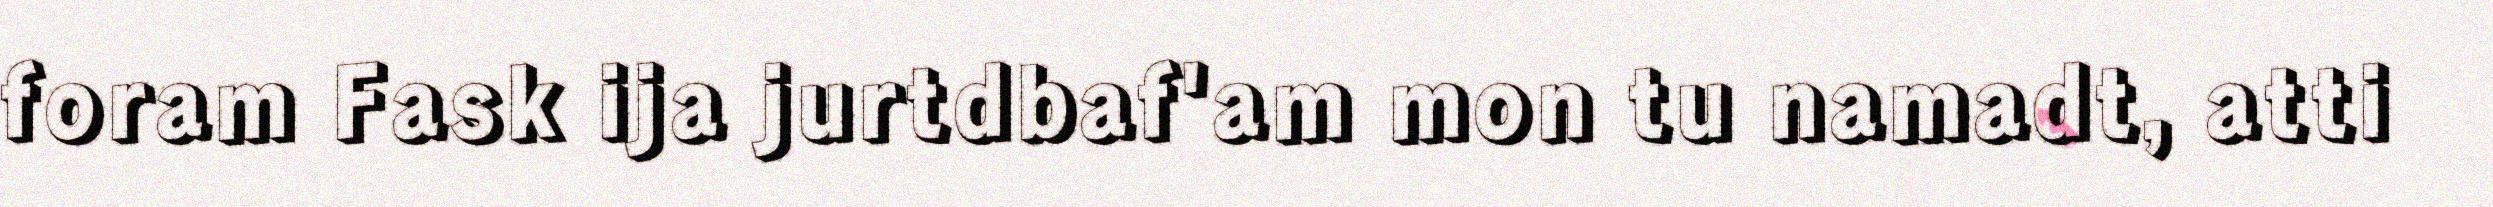
foram Fask ija jurtdbaf'am mon tu namadt, atti